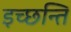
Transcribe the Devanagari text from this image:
इच्छन्ति